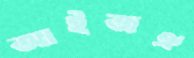
আইজঐ